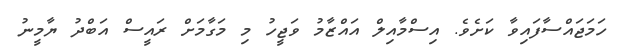
ހަމަޖައްސާފައިވާ ކަށެވެ. އިސްމާއިލް އައްޒާމު ވަޖީހު މި މަގާމަށް ރައީސް އަބްދު ޔާމީނު